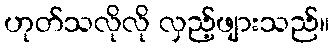
ဟုတ်သလိုလို လှည့်ဖျားသည်။